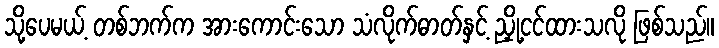
သို့ပေမယ့် တစ်ဘက်က အားကောင်းသော သံလိုက်ဓာတ်နှင့် ညှို့ငင်ထားသလို ဖြစ်သည်။